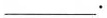
___.